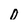
Character: D